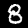
Label: 8